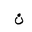
Letter: _non